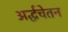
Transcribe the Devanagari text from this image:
अर्द्धचेतन